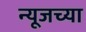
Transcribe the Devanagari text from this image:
न्यूजच्या